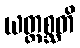
ယတ္ထစ္ဆတိ